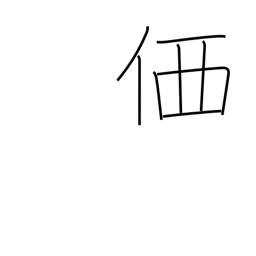
Meaning: price